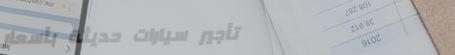
تأجير سيارات حديثة بأسعار